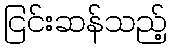
ငြင်းဆန်သည့်